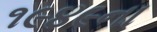
૧૯૪૯ના